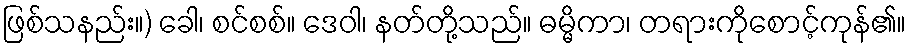
ဖြစ်သနည်း။) ခေါ၊ စင်စစ်။ ဒေဝါ၊ နတ်တို့သည်။ ဓမ္မိကာ၊ တရားကိုစောင့်ကုန်၏။